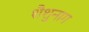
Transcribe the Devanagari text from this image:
शैशुनाग